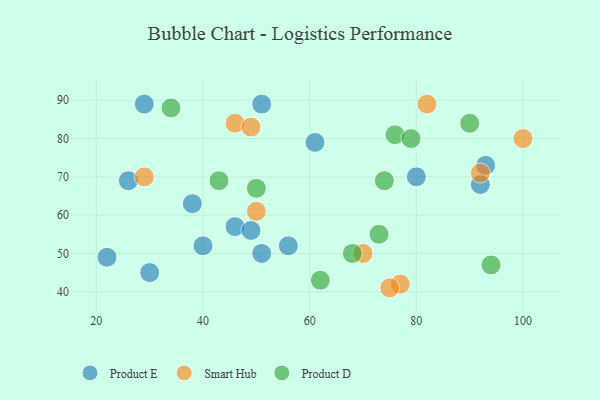
{"axis": {"x": "GDP", "y": "Life Expectancy"}, "legend": ["Product D", "Product E", "Smart Hub"], "data": [{"x": "26", "y": 69, "type": "Product E"}, {"x": "80", "y": 70, "type": "Product E"}, {"x": "61", "y": 79, "type": "Product E"}, {"x": "46", "y": 57, "type": "Product E"}, {"x": "51", "y": 89, "type": "Product E"}, {"x": "22", "y": 49, "type": "Product E"}, {"x": "56", "y": 52, "type": "Product E"}, {"x": "38", "y": 63, "type": "Product E"}, {"x": "49", "y": 56, "type": "Product E"}, {"x": "51", "y": 50, "type": "Product E"}, {"x": "30", "y": 45, "type": "Product E"}, {"x": "92", "y": 68, "type": "Product E"}, {"x": "29", "y": 89, "type": "Product E"}, {"x": "40", "y": 52, "type": "Product E"}, {"x": "93", "y": 73, "type": "Product E"}, {"x": "82", "y": 89, "type": "Smart Hub"}, {"x": "77", "y": 42, "type": "Smart Hub"}, {"x": "46", "y": 84, "type": "Smart Hub"}, {"x": "29", "y": 70, "type": "Smart Hub"}, {"x": "49", "y": 83, "type": "Smart Hub"}, {"x": "100", "y": 80, "type": "Smart Hub"}, {"x": "70", "y": 50, "type": "Smart Hub"}, {"x": "50", "y": 61, "type": "Smart Hub"}, {"x": "75", "y": 41, "type": "Smart Hub"}, {"x": "92", "y": 71, "type": "Smart Hub"}, {"x": "62", "y": 43, "type": "Product D"}, {"x": "76", "y": 81, "type": "Product D"}, {"x": "90", "y": 84, "type": "Product D"}, {"x": "43", "y": 69, "type": "Product D"}, {"x": "74", "y": 69, "type": "Product D"}, {"x": "50", "y": 67, "type": "Product D"}, {"x": "94", "y": 47, "type": "Product D"}, {"x": "79", "y": 80, "type": "Product D"}, {"x": "34", "y": 88, "type": "Product D"}, {"x": "73", "y": 55, "type": "Product D"}, {"x": "68", "y": 50, "type": "Product D"}]}